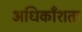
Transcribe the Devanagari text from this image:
अधिकाँशतः